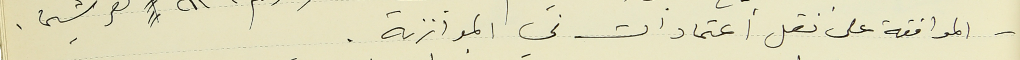
- الموافقة على نقل أعتمادات في الموازنة.